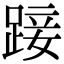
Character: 踥